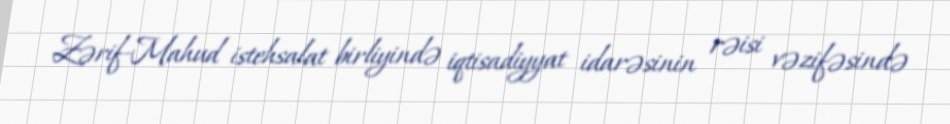
Zərif-Mahud istehsalat birliyində iqtisadiyyat idarəsinin rəisi vəzifəsində